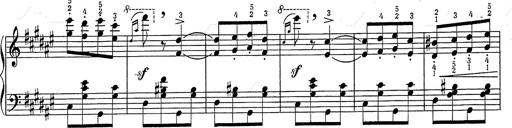
Title: Hungarian Rhapsody No.2
Composer: Franz Liszt
Key: C-sharp minor